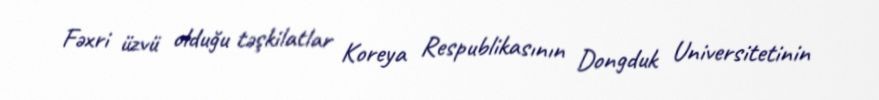
Fəxri üzvü olduğu təşkilatlar Koreya Respublikasının Dongduk Universitetinin